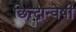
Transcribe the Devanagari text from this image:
छिन्‍द्रान्‍वेषी